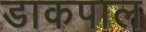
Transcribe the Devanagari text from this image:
डाकपाल